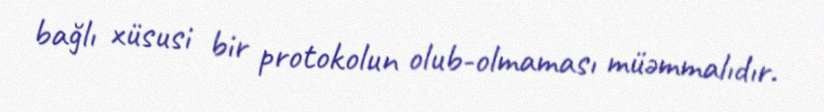
bağlı xüsusi bir protokolun olub-olmaması müəmmalıdır.